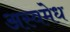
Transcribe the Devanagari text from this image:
अस्वमेध